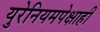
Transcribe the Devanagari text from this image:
युरेनियमपेक्षाही